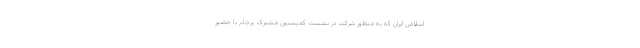
اسلامی ایران که به منظور شرکت در نشست کمیسیون مشترک برجام با حضور